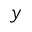
y